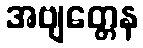
အဗျတ္တေန